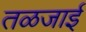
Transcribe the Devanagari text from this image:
तळजाई